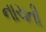
નાચતી